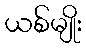
ယစ်မျိုး